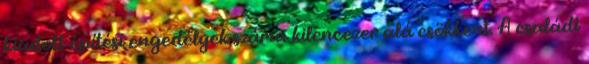
kiadott építési engedélyek száma kilencezer alá csökkent. A családi